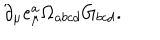
\partial _ { \mu } e _ { \mu } ^ { a } \Omega _ { a b c d } G _ { b c d } .